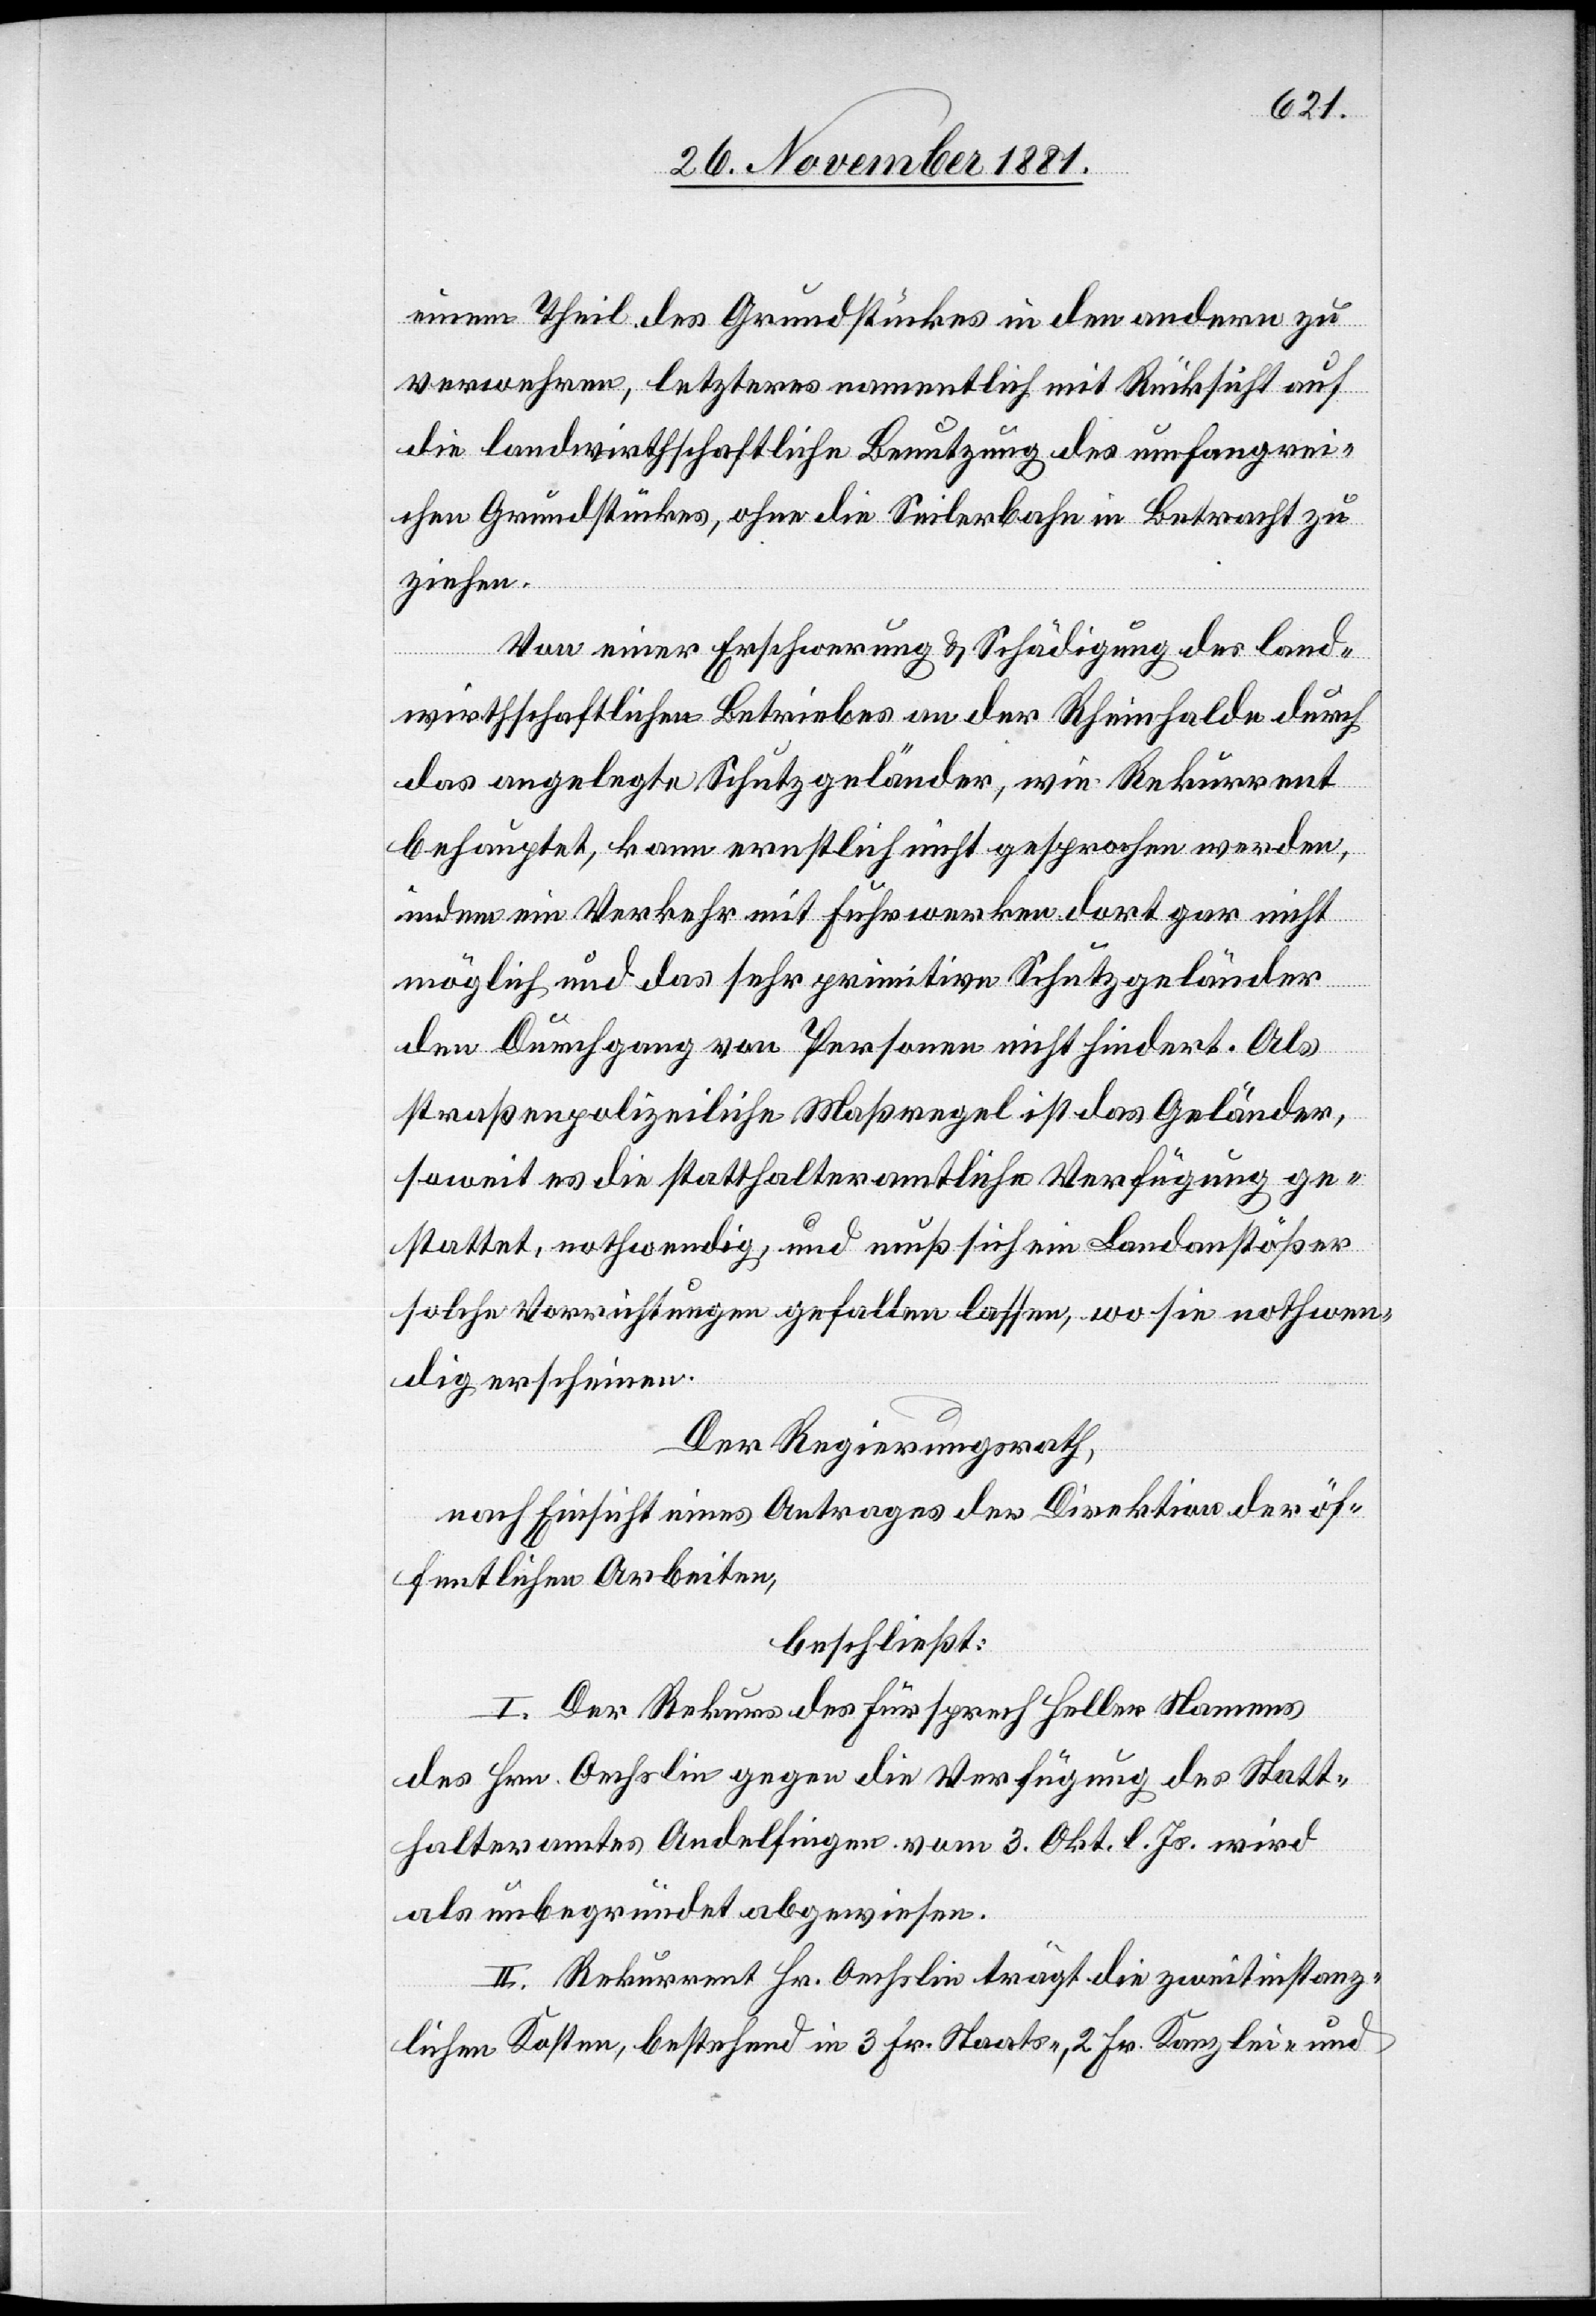
einem Theil des Grundstückes in den andern zu
verwehren, letzteres namentlich mit Rücksicht auf
die landwirthschaftliche Benutzung des umfangrei¬
chen Grundstückes, ohne die Seilerbahn in Betracht zu
ziehen.
Von einer Erschwerung & Schädigung des land¬
wirthschaftlichen Betriebes an der Rheinhalde durch
das angelegte Schutzgeländer, wie Rekurrent
behauptet, kann ernstlich nicht gesprochen werden,
indem ein Verkehr mit Fuhrwerken dort gar nicht
möglich und das sehr primitive Schutzgeländer
den Durchgang von Personen nicht hindert. Als
straßenpolizeiliche Maßregel ist das Geländer,
soweit es die statthalteramtliche Verfügung ge¬
stattet, nothwendig, und muß sich ein Landanstößer
solche Vorrichtungen gefallen lassen, wo sie nothwen¬
dig erscheinen.
Der Regierungsrath,
nach Einsicht eines Antrages der Direktion der öf¬
fentlichen Arbeiten,
beschließt:
I. Der Rekurs des Fürsprech Heller Namens
des Hrn. Oechslin gegen die Verfügung des Statt¬
halteramtes Andelfingen vom 3. Okt. l. Js. wird
als unbegründet abgewiesen.
II. Rekurrent Hr. Oechslin trägt die zweitinstanz¬
lichen Kosten, bestehend in 3 Fr. Staats-, 2. Fr. Kanzlei- und